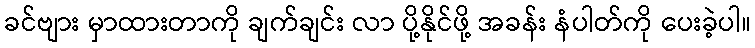
ခင်ဗျား မှာထားတာကို ချက်ချင်း လာ ပို့နိုင်ဖို့ အခန်း နံပါတ်ကို ပေးခဲ့ပါ။